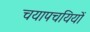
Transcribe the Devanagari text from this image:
चयापचयियों